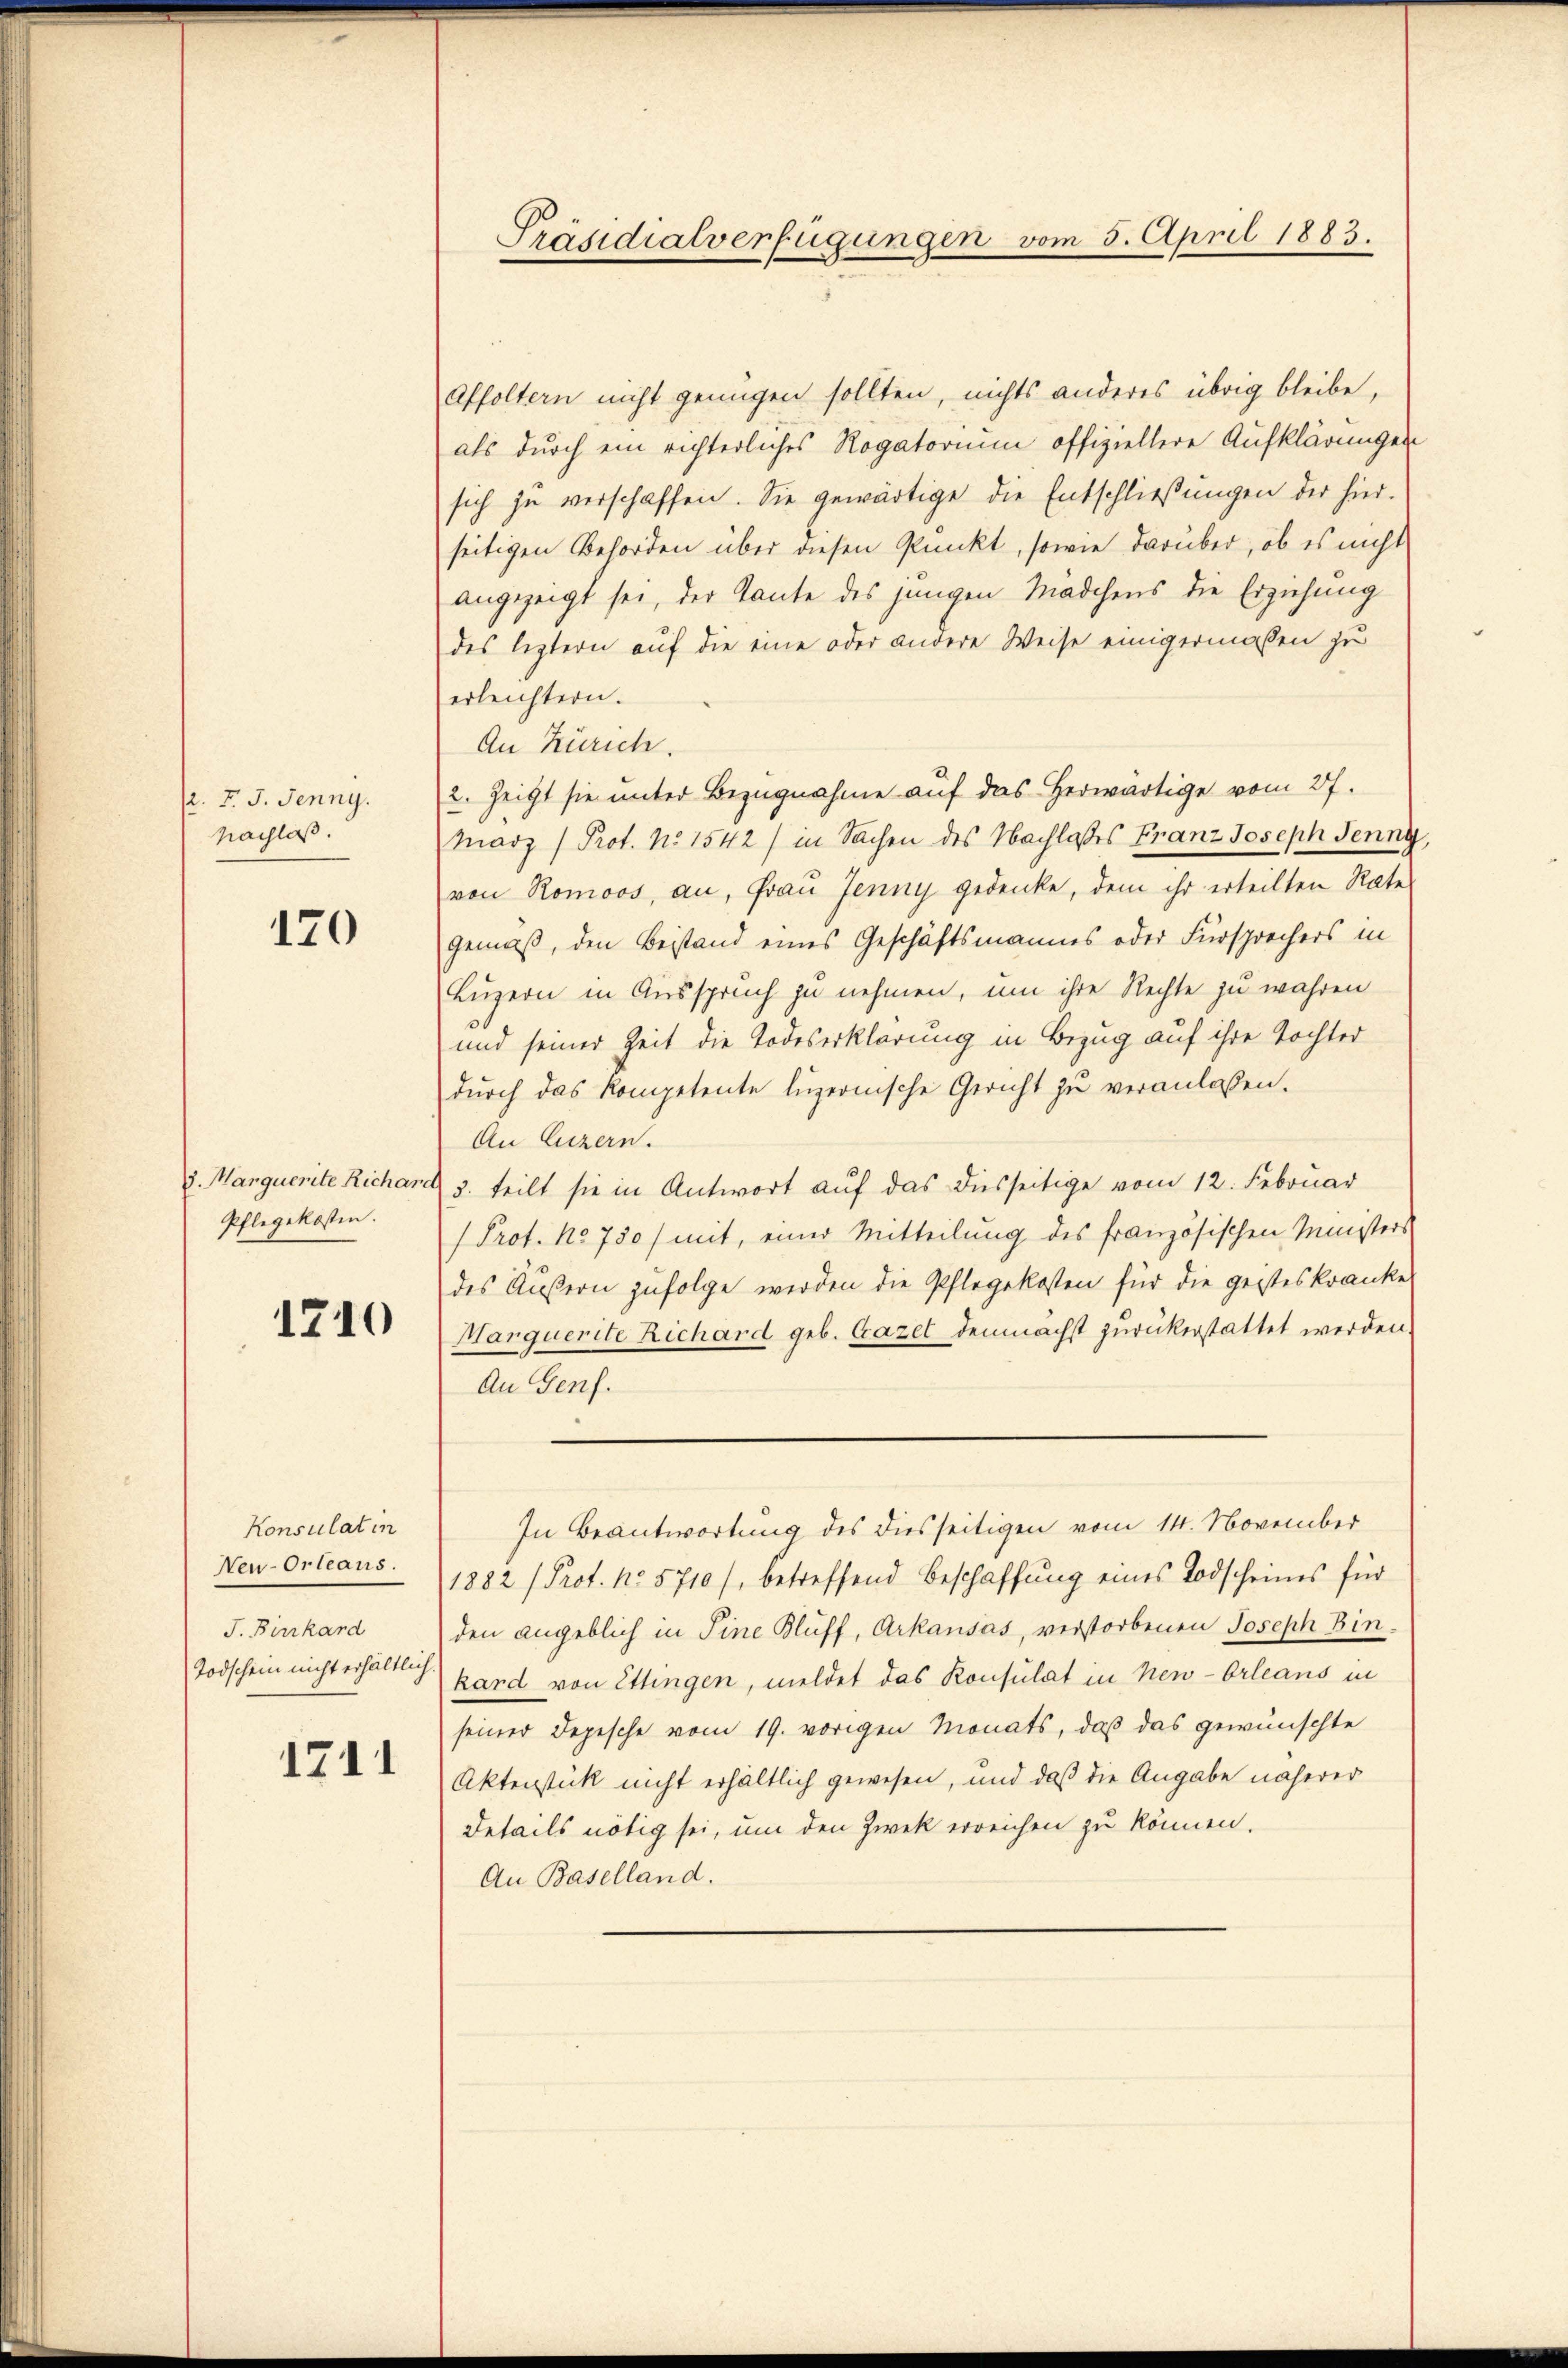
(2. F. J. Jenny.
Nachlass.

170

Pflegekosten.

1210

Konsulat in
Neu-Orleans
J. Birrkard
Todschein nicht erhältlich.

1741

Präsidialverfügungen vom 5. April 1883.

Affoltern nicht genügen sollten, nichts anderes übrig bleibe,
als durch ein richterliches Rogatorium offiziellere Aufklärungen
sich zu verschaffen. Sie gewärtige die Entschließungen der hier-
seitigen Behörden über diesen Punkt, sowie darüber, ob es nicht
angezeigt sei, der Tante des jungen Mädchens die Erziehung
des leztern auf die eine oder andere Weise einigermaßen zu
erleichtern.
An Zürich.
2. Zeigt sie unter Bezugnahme auf das herwärtige vom 27.
Marz) Prot. No 1542) in Sachen des Nachlaßes Franz Joseph Jenny
von Romoos, an, Frau Jenny gedenke, dem ihr erteilten Rates
gemäß, den Beistand eines Geschäftsmannes oder Fürsprochers in
Luzern in Ausspruch zu nehmen, um ihre Rechte zu wahren
und seiner Zeit die Todeserklärung in Bezug auf ihre Tochter
durch das Kompetente luzernische Gericht zu veranlassen.
An Luzern.
u. Marquerite Richard 7. teilt sie in Antwort auf das diesseitige vom 12. Februar
Prot. No. 730) mit, einer Mitteilung des französischen Ministers
des Äußern zufolge werden die Pflegekosten für die geisteskrankes
Marquerite Richard geb. Gazel demnächst zurückerstattet werden.
An Genf.
In Beantwortung des diesseitigen vom 14. November
1882 (Prof. No. 5710), betreffend Beschaffung eines Todscheines für
den angeblich in Sine Bluff, Arkausas, verstorbenen Joseph Binkard von Ettingen, meldet das Konsulat in New-Orleans in
seiner Depesche vom 19. vorigen Monats, daß das gewünschte
Aktenstück nicht erhältlich gewesen, und daß die Angabe näherer
Details nötig sei, um den Zwek erreichen zu können.
An Baselland.